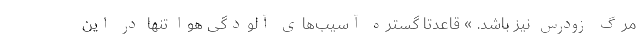
مرگ زودرس نیز باشد. » قاعدتا گستره آسیب‌های آلودگی هوا تنها در این